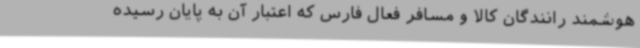
هوشمند رانندگان کالا و مسافر فعال فارس که اعتبار آن به پایان رسیده